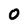
Character: 0